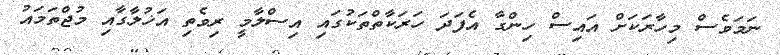
ނަމަވެސް މިހާރަކަށް އައިސް ހިންގާ އެފަދަ ހަރަކާތްތަކުގައި އިސްލާމީ ރިވެތި އަޚުލާގާއި މުޖްތަމައު